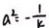
a ^ { 2 } = - \frac { 1 } { k }